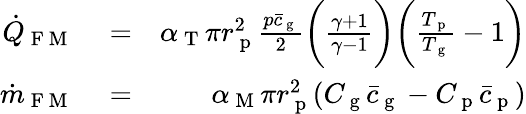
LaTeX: \begin{array}{rlr}{\dot{Q}_{\mathrm{~F~M~}}}&{{}=}&{\alpha_{\mathrm{~T~}}\pi r_{\mathrm{~p~}}^{2}\frac{p\bar{c}_{\mathrm{~g~}}}{2}\bigg(\frac{\gamma+1}{\gamma-1}\bigg)\bigg(\frac{T_{\mathrm{~p~}}}{T_{\mathrm{~g~}}}-1\bigg)}\\ {\dot{m}_{\mathrm{~F~M~}}}&{{}=}&{\alpha_{\mathrm{~M~}}\pi r_{\mathrm{~p~}}^{2}(C_{\mathrm{~g~}}\bar{c}_{\mathrm{~g~}}-C_{\mathrm{~p~}}\bar{c}_{\mathrm{~p~}})}\end{array}